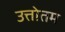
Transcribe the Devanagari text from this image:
उत्तोतम